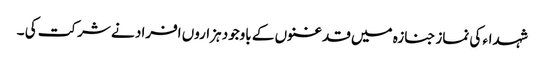
شہداء کی نماز جنازہ میں قدغنوں کے باوجود ہزاروں افراد نے شرکت کی ۔